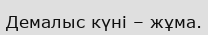
Демалыс күні – жұма.